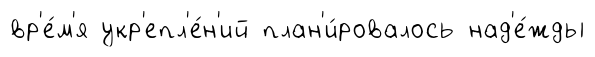
вр'е́м'я укр'епл'е́н'ий план'и́ровалось над'е́жды